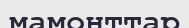
мамонттар